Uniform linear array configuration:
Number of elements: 8
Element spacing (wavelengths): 0.25
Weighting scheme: uniform
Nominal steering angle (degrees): -60
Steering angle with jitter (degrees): -60.185
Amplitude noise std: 0.05
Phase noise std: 0.05

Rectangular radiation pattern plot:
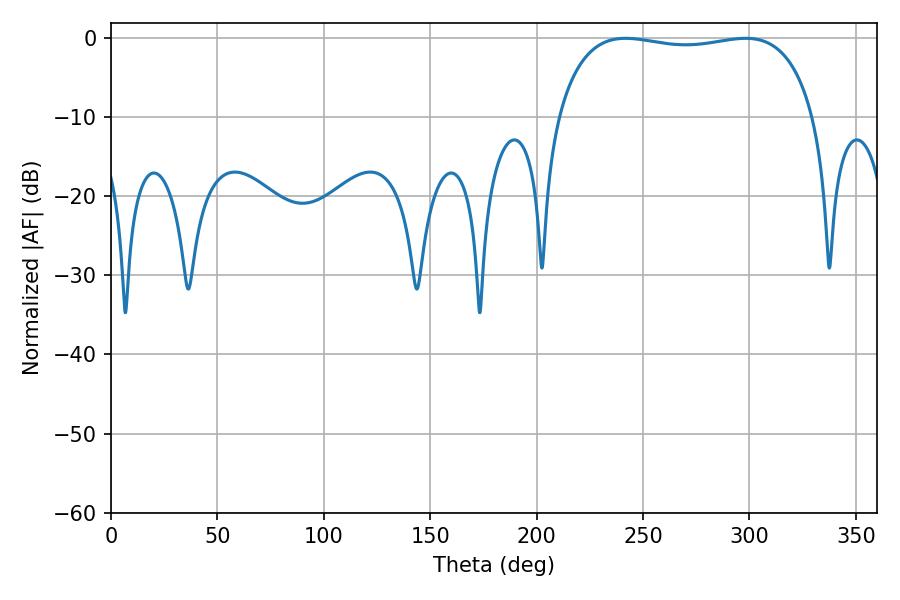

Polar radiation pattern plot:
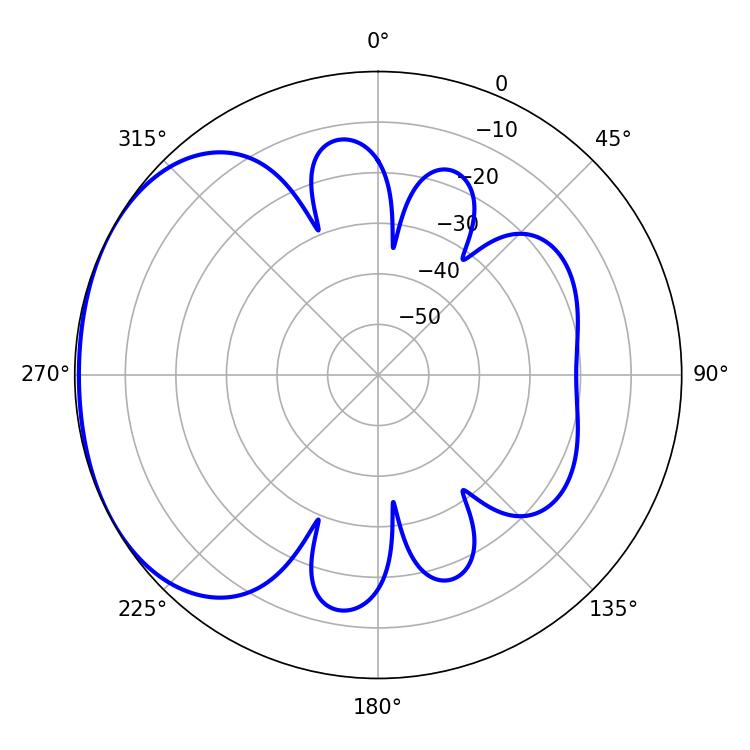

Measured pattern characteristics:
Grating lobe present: FALSE
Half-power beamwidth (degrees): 97.2
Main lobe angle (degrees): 241.74